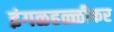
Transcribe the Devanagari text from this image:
इंगळहळ्ळीकर